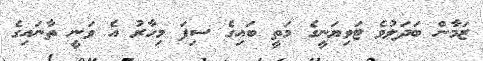
ޒަމާން ބަދަލުވެ ޓަވިޔަނީގެ މަތީ ބައިގެ ސިފަ މިހާރު އެ ވަނީ ތާނައިގެ